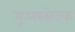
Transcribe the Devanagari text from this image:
यूअरसेल्फ